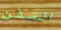
السفن